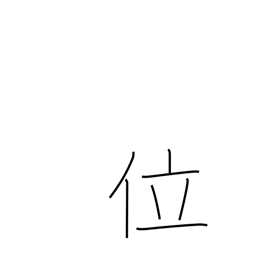
Meaning: some